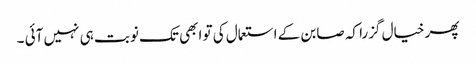
پھر خیال گزرا کہ صابن کے استعمال کی تو ابھی تک نوبت ہی نہیں آئی ۔